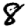
Digit: 8